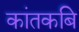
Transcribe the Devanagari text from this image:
कांतकबि